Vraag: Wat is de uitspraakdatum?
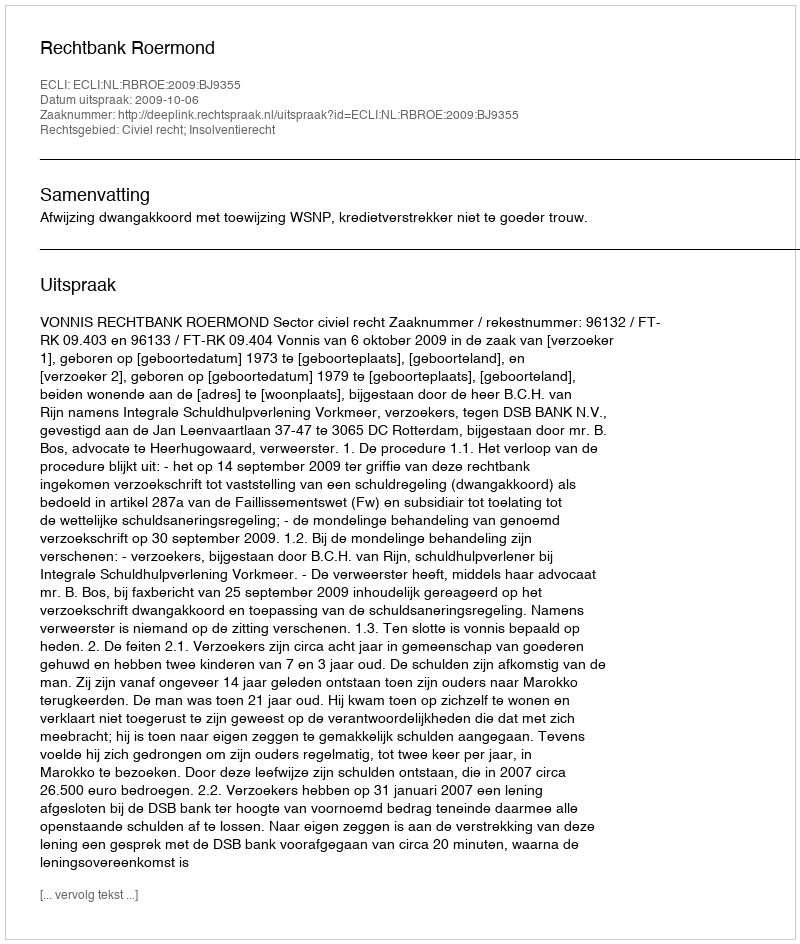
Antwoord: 2009-10-06